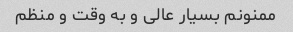
ممنونم بسیار عالی و به وقت و منظم